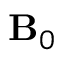
\mathbf { B } _ { 0 }